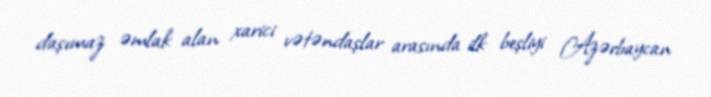
daşımaz əmlak alan xarici vətəndaşlar arasında ilk beşliyi Azərbaycan